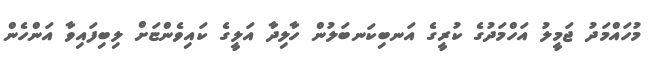
މުހައްމަދު ޖަމީލު އަހްމަދުގެ ކުރީގެ އަނބިކަނބަލުން ހާލިދާ އަލީގެ ކައިވެންޏަށް ލިބިފައިވާ އަންހެން